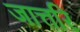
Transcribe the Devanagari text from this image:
जात्तरि